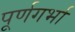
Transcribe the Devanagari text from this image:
पूर्णगर्भा